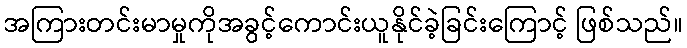
အကြားတင်းမာမှုကိုအခွင့်ကောင်းယူနိုင်ခဲ့ခြင်းကြောင့် ဖြစ်သည်။